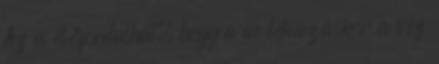
Az is előfordulhat, hogy a wc lehúzáskor a víz